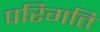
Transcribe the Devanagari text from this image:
परिगति